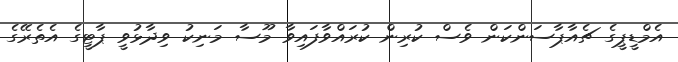
އެމްޑީޕީގެ ޗެއާޕާސަންކަން ވެސް ކުރިން ކުރައްވާފައިވާ މޫސާ މަނިކު ވިދާޅުވީ ޕާޓީގެ އެތެރޭގެ